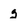
Character: g